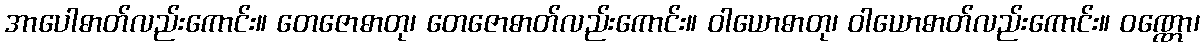
အာပေါဓာတ်လည်းကောင်း။ တေဇောဓာတု၊ တေဇောဓာတ်လည်းကောင်း။ ဝါယောဓာတု၊ ဝါယောဓာတ်လည်းကောင်း။ ဝဏ္ဏော၊